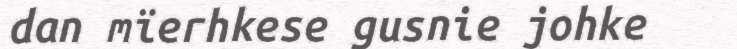
dan mïerhkese gusnie johke